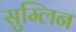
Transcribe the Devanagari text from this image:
सुम्लिन